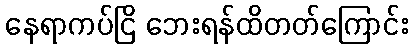
နေရာကပ်ငြိ ဘေးရန်ထိတတ်ကြောင်း